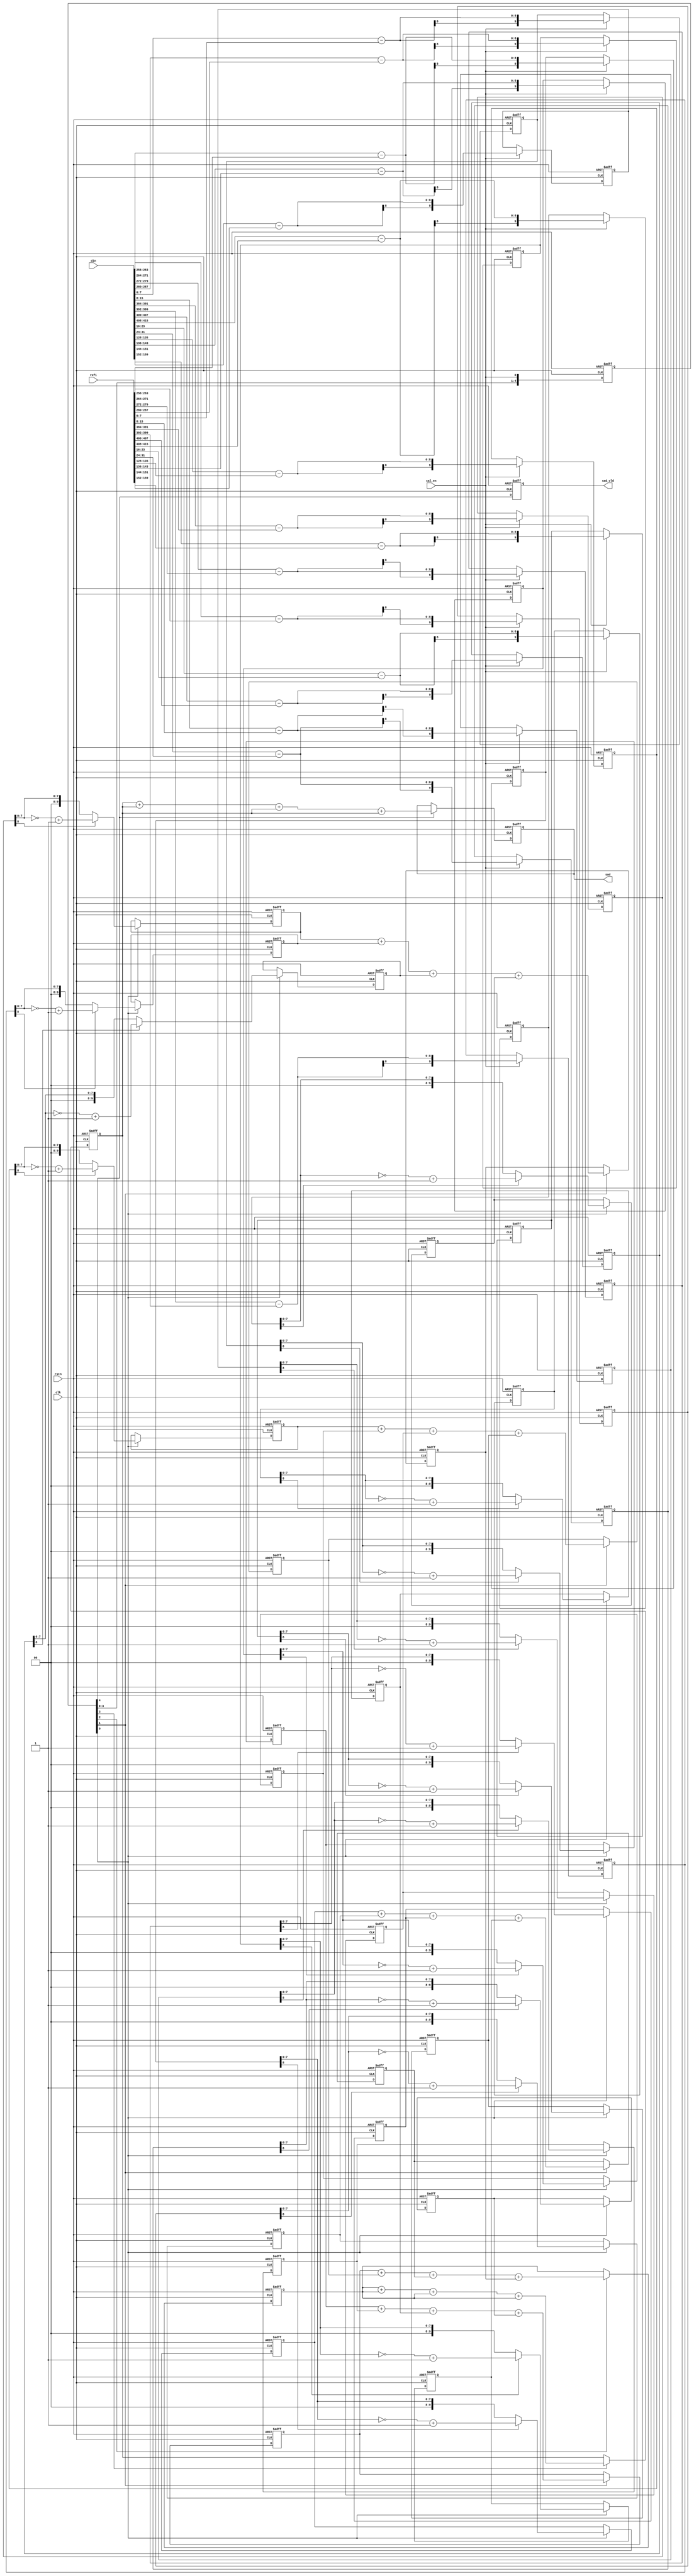
module top(
    clk,
    rstn,
    din,
    refi,
    cal_en,
    sad,
    sad_vld
);

parameter DATA_BITS = 8;

input clk;
input rstn;
input cal_en;
input [16*16*DATA_BITS-1:0] din, refi;
output reg [2*DATA_BITS-1:0] sad;
output reg sad_vld;

reg [4:0] pip_num;

wire [DATA_BITS-1:0] din_array [0:15] [0:15];
wire [DATA_BITS-1:0] refi_array [0:15] [0:15];

//generate
//    genvar i,j;
//    for(i=0;i<16;i=i+1)begin : gen_i
//        for(j=0;j<16;j=i+1)begin :gen_j
//        assign din_array[i][j] = din[(i*16*DATA_BITS + j*DATA_BITS ) +: DATA_BITS];
//        assign refi_array[i][j] = refi[(i*16*DATA_BITS + j*DATA_BITS ) +: DATA_BITS];   
//
//        
//        
//        end
//    end
//endgenerate

always@(posedge clk or negedge rstn)
	if(!rstn)
		pip_num<=0;
	else
		pip_num <={pip_num[3:0],cal_en};



generate
genvar i, j;
    for (i = 0; i < 16; i = i + 1) begin : gen_i
        for (j = 0; j < 16; j = j + 1) begin : gen_j
            assign din_array[i][j] = din[(i*16*DATA_BITS + j*DATA_BITS) +: DATA_BITS];
            assign refi_array[i][j] = refi[(i*16*DATA_BITS + j*DATA_BITS) +: DATA_BITS];
        end
    end
endgenerate




//sub
reg       [DATA_BITS+1:0] num_sub [0:15] [0:15];   

generate
 genvar i0,j0;
    for(i0=0;i0<16;i0=i0+1)begin
        for(j0=0;j0<16;j0=j0+1)begin
        always@(posedge clk or negedge rstn)
        if(!rstn)
            num_sub[i0][j0]<='d0;
        else    if(cal_en)begin
                num_sub[i0][j0]<= {1'b0,din_array [i0] [j0]} - {1'b0,refi_array [i0] [j0]};                       
            end
        
        
        end
    end
endgenerate

//abs
reg       [DATA_BITS+1:0] num_abs [0:15] [0:15];
generate
    genvar i1,j1;
    for(i1=0;i1<16;i1=i1+1)begin
        for(j1=0;j1<16;j1=j1+1)begin
        always@(posedge clk or negedge rstn)
        if(!rstn)
             num_abs[i1][j1]<='d0;
        else if(pip_num[0])begin
                num_abs[i1][j1] <= (num_sub[i1][j1][DATA_BITS])?(~num_sub[i1][j1][DATA_BITS-1:0]+1'd1) 
                                                  : num_sub[i1][j1][DATA_BITS-1:0];     
            end
        
        
        end
    end
endgenerate

//16*16 -> 16*4
reg       [DATA_BITS+1:0] num416 [0:15] [0:3];//weikuan

generate
    genvar i2,j2;
    for(i2=0;i2<16;i2=i2+1)begin
        for(j2=0;j2<=3;j2=j2+1)begin
        always@(posedge clk or negedge rstn)
        if(!rstn)
             num416[i2][j2]<='d0;
        else if(pip_num[1])begin
                num416[i2][j2] <= {2'b0,num_abs[i2][4*j2]} + {2'b0,num_abs[i2][4*j2+1'd1]}
                                    +   {2'b0,num_abs[i2][4*j2+'d2]}
                                     +   {2'b0,num_abs[i2][4*j2+'d3]};
            end
        
        
        end
    end
endgenerate


//4:4*16->4*4
reg       [DATA_BITS+3:0] num44 [0:3] [0:3];

generate
    genvar i3,j3;
    for(i3=0;i3<=3;i3=i3+1)begin
        for(j3=0;j3<=3;j3=j3+1)begin
        always@(posedge clk or negedge rstn)
        if(!rstn)
             num44[i3][j3]<='d0;
        else if(pip_num[2])begin
                num44[i3][j3] <= {2'b0,num416[4*i3+1'd0][j3]}
                                +{2'b0,num416[4*i3+1'd1][j3]}
                                +{2'b0,num416[4*i3+'d2][j3]}
                                +{2'b0,num416[4*i3+'d3][j3]};
                
            end
        
        
        end
    end
endgenerate

//5: 4*4->4*1

reg       [DATA_BITS+5:0] num41[0:3];

generate
    genvar i4;
    for(i4=0;i4<=3;i4=i4+1)begin
        always@(posedge clk or negedge rstn)
        if(!rstn)
             num41[i4]<='d0;
        else if(pip_num[3])begin
                num41[i4] <={ 2'b0,num44[i4][0]}
                            +{ 2'b0,num44[i4][0]}
                            +{ 2'b0,num44[i4][0]}
                            + { 2'b0,num44[i4][0]};
        
        end
    end
endgenerate

//6: 41->11

        always@(posedge clk or negedge rstn)
        if(!rstn)
            sad <='d0;
        else if(pip_num[4])begin
                sad <=    {  2'b0,num41[0]}
                        +  {  2'b0,num41[0]}
                        +  {  2'b0,num41[0]}
                        +  {  2'b0,num41[0]};
        end

        always@(posedge clk or negedge rstn)
        if(!rstn)
            sad_vld<='d0;
        else 
            sad_vld <= pip_num[4];
        




endmodule